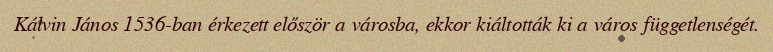
Kálvin János 1536-ban érkezett először a városba, ekkor kiáltották ki a város függetlenségét.